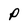
Character: P